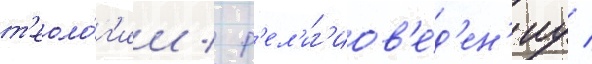
т'еоло́г'ии / р'ел'иг'иов'е́д'ен'иу /